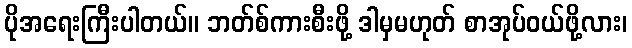
ပိုအရေးကြီးပါတယ်။ ဘတ်စ်ကားစီးဖို့ ဒါမှမဟုတ် စာအုပ်ဝယ်ဖို့လား၊